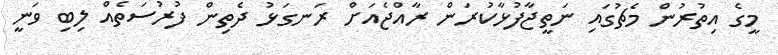
މީގެ އިތުރުން މެޗުގައި ނަތީޖާފުޅާކުރަން ރާއްޖެއަށް ރަނގަޅު ދެތިން ފުރުސަތެއް ލިބި ވަނީ